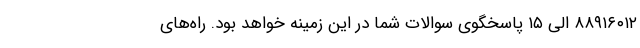
۸۸۹۱۶۰۱۲ الی ۱۵ پاسخگوی سوالات شما در این زمینه خواهد بود. راه‌های